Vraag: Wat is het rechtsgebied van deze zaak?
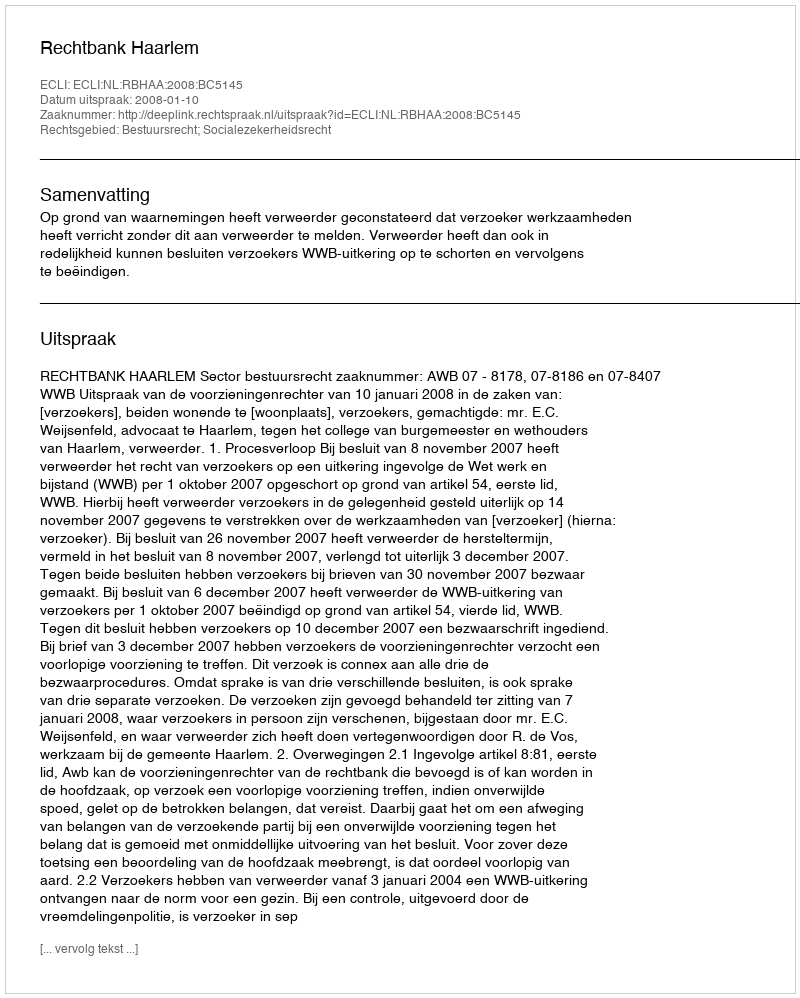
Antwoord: Bestuursrecht; Socialezekerheidsrecht